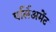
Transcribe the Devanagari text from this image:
पर्लिअमेंट